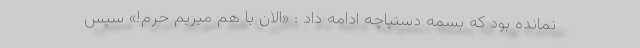
نمانده بود که بسمه دستپاچه ادامه داد : «الان با هم میریم حرم!» سپس